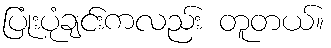
ပြုံးပုံချင်းကလည်း တူတယ်။